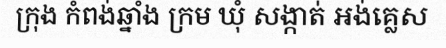
ក្រុង កំពង់ឆ្នាំង ក្រម ឃុំ សង្កាត់ អង់គ្លេស